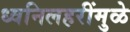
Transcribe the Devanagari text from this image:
ध्वनिलहरींमुळे